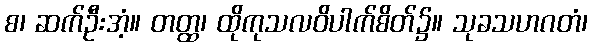
စ၊ ဆက်ဦးအံ့။ တတ္ထ၊ ထိုကုသလဝိပါက်စိတ်၌။ သုခသဟဂတံ၊